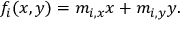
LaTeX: f _ { i } ( x , y ) = m _ { i , x } x + m _ { i , y } y .